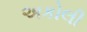
અકોલી